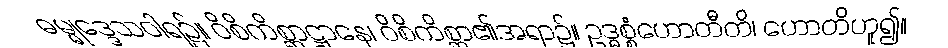
ဓမ္မုဒ္ဒေသဝါရ၌။ ဝိစိကိစ္ဆာဋ္ဌာနေ၊ ဝိစိကိစ္ဆာ၏အရာ၌။ ဥဒ္ဓစ္စံဟောတီတိ၊ ဟောတိဟူ၍။